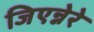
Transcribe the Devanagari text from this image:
जिएन्नेरे